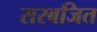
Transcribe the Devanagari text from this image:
सरबजित